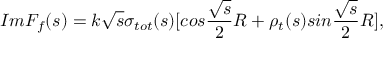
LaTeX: I m F _ { f } ( s ) = k \sqrt { s } \sigma _ { t o t } ( s ) [ c o s \frac { \sqrt { s } } { 2 } R + \rho _ { t } ( s ) s i n \frac { \sqrt { s } } { 2 } R ] ,